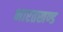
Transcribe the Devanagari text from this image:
भारतखण्ड